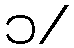
၁/